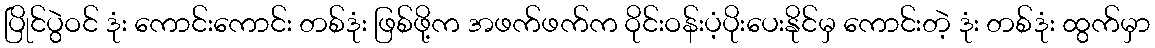
ပြိုင်ပွဲဝင် ဒုံး ကောင်းကောင်း တစ်ဒုံး ဖြစ်ဖို့က အဖက်ဖက်က ဝိုင်းဝန်းပံ့ပိုးပေးနိုင်မှ ကောင်းတဲ့ ဒုံး တစ်ဒုံး ထွက်မှာ